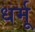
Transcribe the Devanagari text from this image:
धर्मू